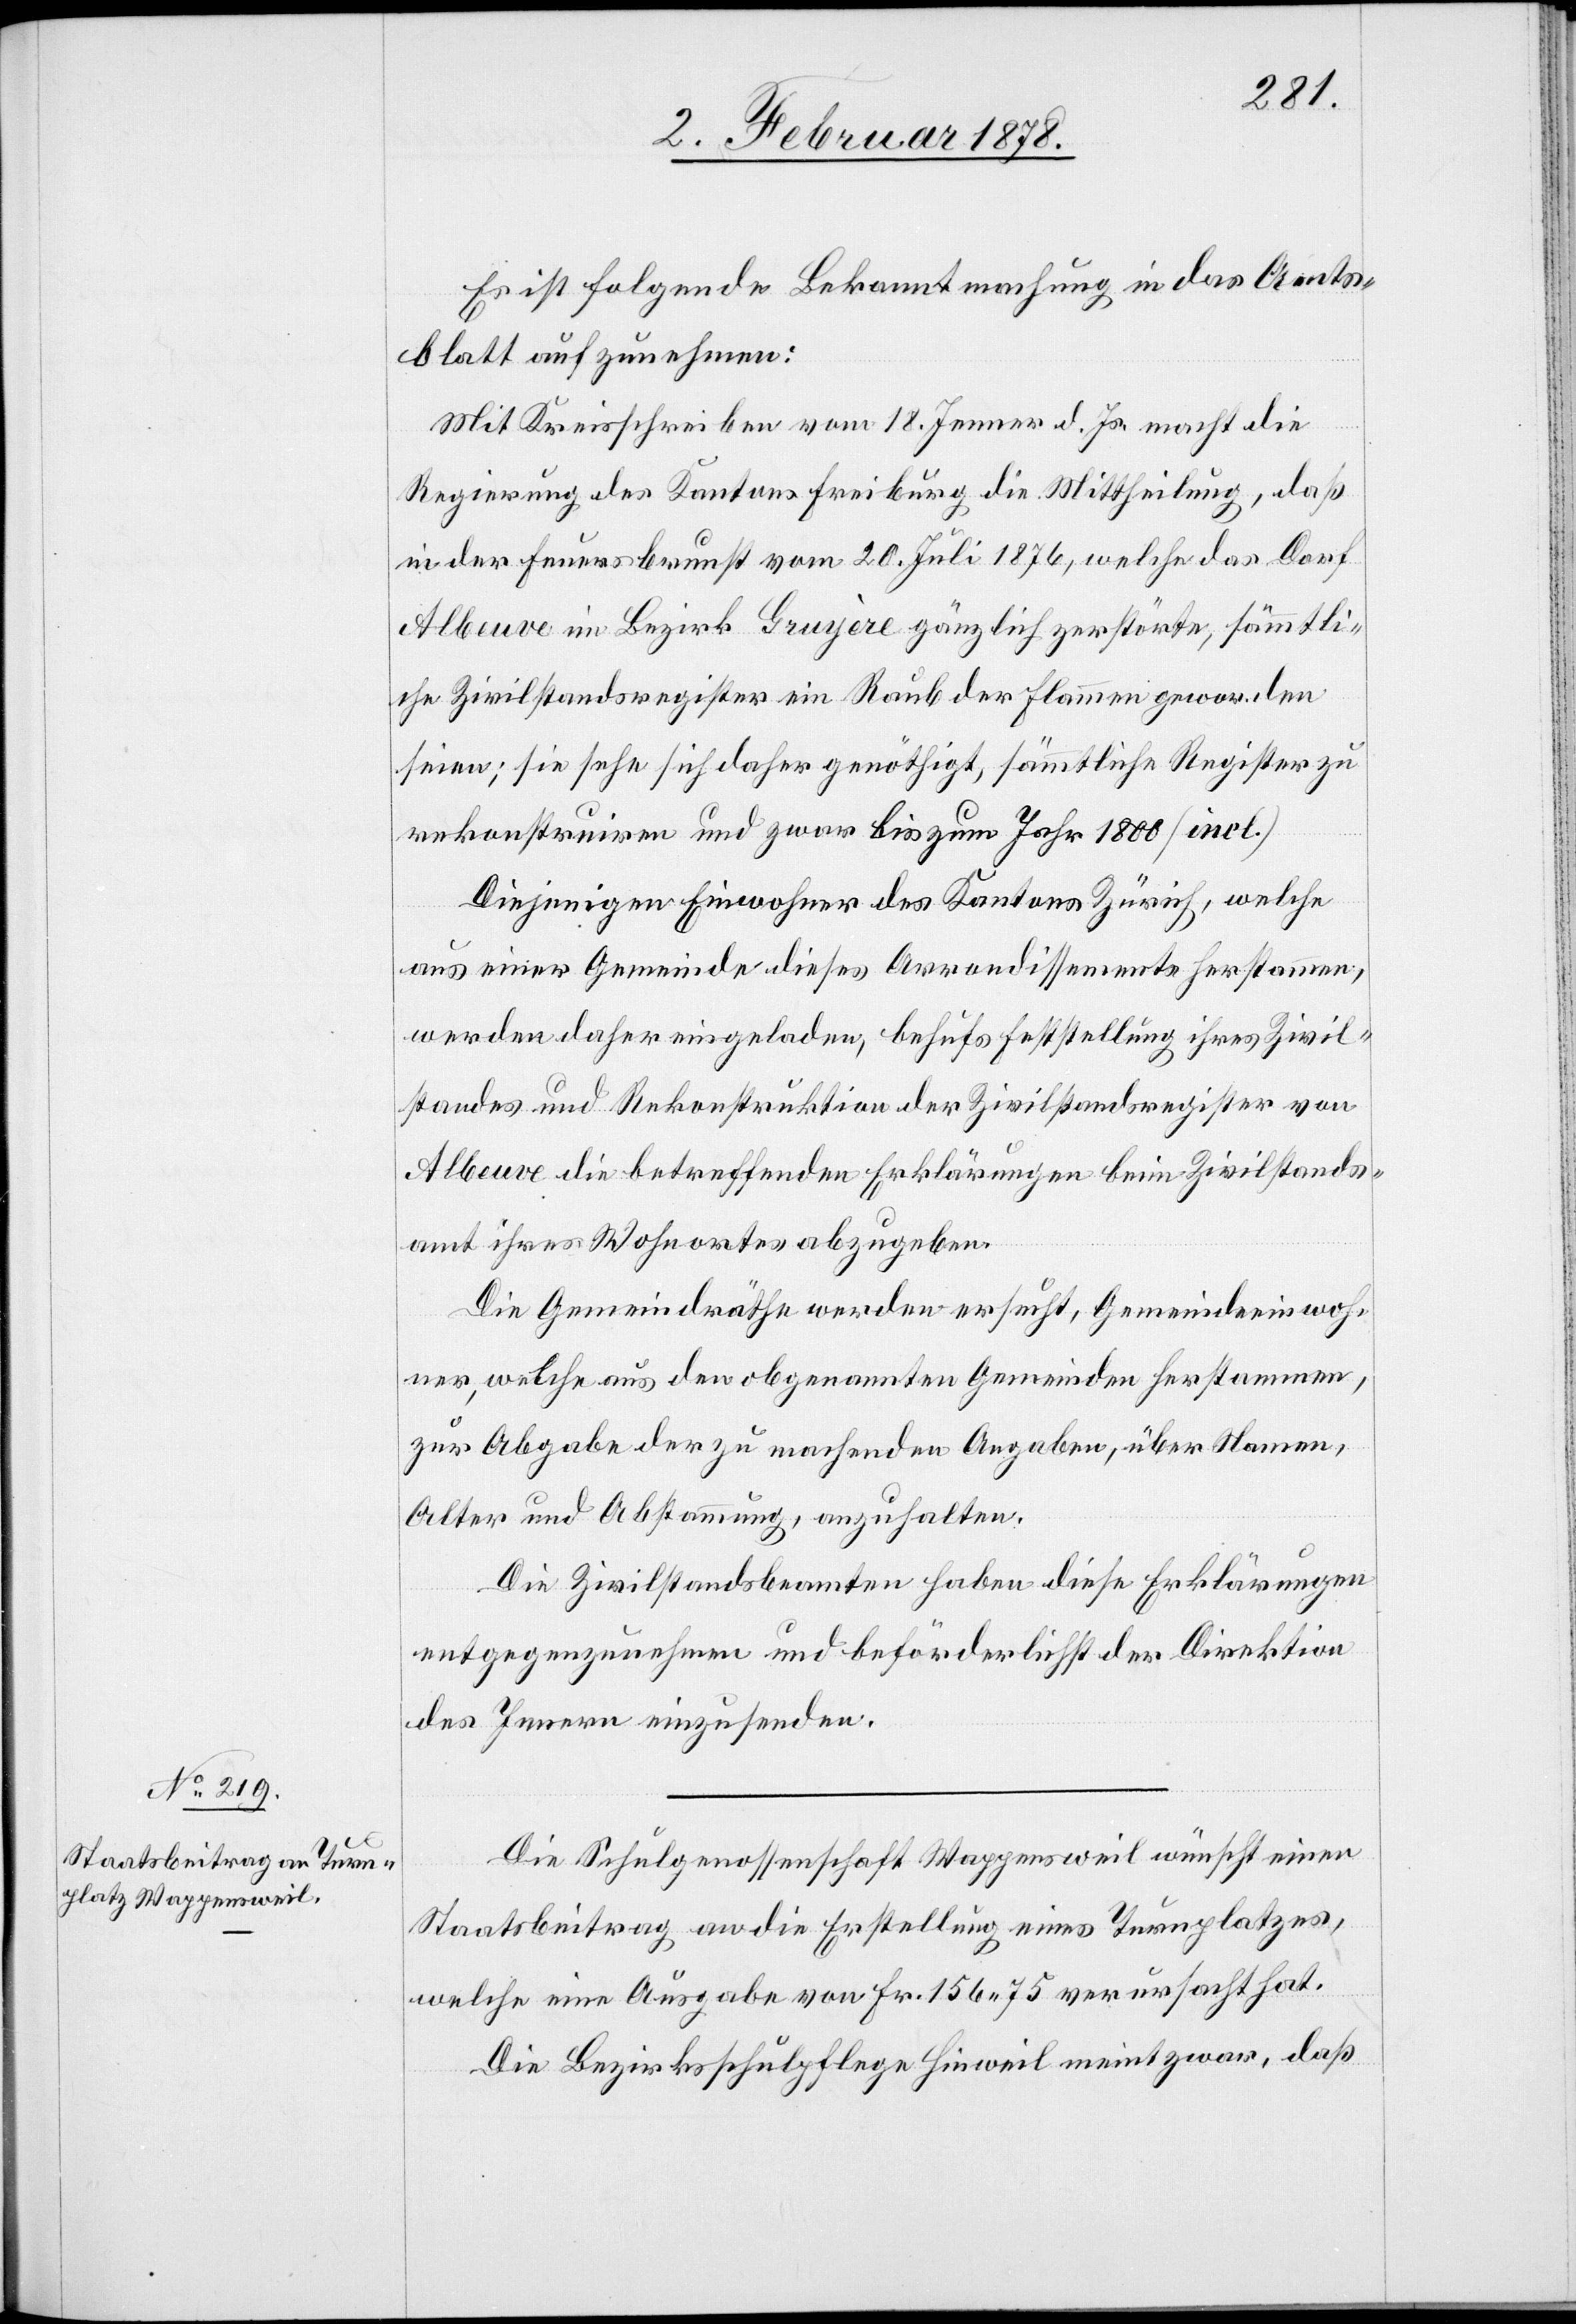
Es ist folgende Bekanntmachung in das Amts¬
blatt aufzunehmen:
Mit Kreisschreiben vom 18. Jenner d. Js. macht die
Regierung des Kantons Freiburg die Mittheilung, daß
in der Feuersbrunst vom 20. Juli 1876, welche das Dorf
Albeuve im Bezirk Gruyère gänzlich zerstörte, sämmtli¬
che Zivilstandsregister ein Raub der Flammen geworden
seien; sie sehe sich daher genöthigt, sämmtliche Register zu
rekonstruiren und zwar bis zum Jahr 1800 (incl.)
Diejenigen Einwohner des Kantons Zürich, welche
aus einer Gemeinde dieses Arrondissements herstammen,
werden daher eingeladen, behufs Feststellung ihres Zivil¬
standes und Rekonstruktion der Zivilstandsregister von
Albeuve die betreffenden Erklärungen beim Zivilstands¬
amt ihres Wohnortes abzugeben.
Die Gemeindräthe werden ersucht, Gemeindeeinwoh¬
ner, welche aus der obgenannten Gemeinde herstammen,
zur Abgabe der zu machenden Angaben, über Namen,
Alter und Abstammung, anzuhalten.
Die Zivilstandsbeamten haben diese Erklärungen
entgegenzunehmen und beförderlichst der Direktion
des Innern einzusenden.
Die Schulgenossenschaft Wappensweil wünscht einen
Staatsbeitrag an die Erstellung eines Turnplatzes,
welche eine Ausgabe von Fr. 156. 75 verursacht hat.
Die Bezirksschulpflege Hinweil meint zwar, daß